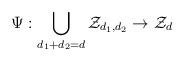
LaTeX: \begin{align*} \Psi : \bigcup_{d_1 + d_2 = d} \mathcal{Z}_{d_1,d_2} \to \mathcal{Z}_d \end{align*}